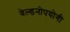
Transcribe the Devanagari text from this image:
वेल्डनोपयोगी